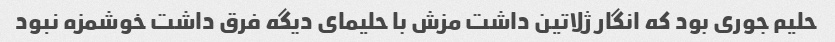
حلیم جوری بود که انگار ژلاتین داشت مزش با حلیمای دیگه فرق داشت خوشمزه نبود